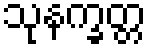
သုနက္ခတ္တ